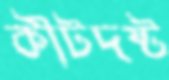
কীটদষ্ট